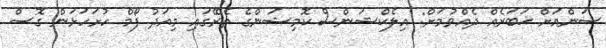
ސަންއަށް ޚަބަރެއް ދެއްވުމަށް: އިލެކްޝަންސް ކޮމިޝަންގެ ތެރޭގައި މިއަދު ފޯމް ހުށަހަޅަން ގޮސް